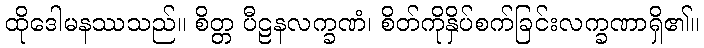
ထိုဒေါမနဿသည်။ စိတ္တ ပီဠနလက္ခဏံ၊ စိတ်ကိုနှိပ်စက်ခြင်းလက္ခဏာရှိ၏။